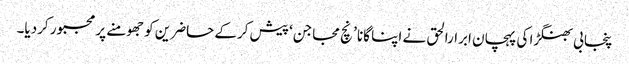
پنجابی بھنگڑا کی پہچان ابرارالحق نے اپنا گانا ’ نچ مجاجن‘ پیش کرکے حاضرین کو جھومنے پر مجبور کردیا۔